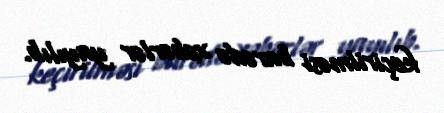
keçirilməsi barədə xəbərlər yayılıb.